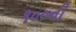
૧૦૦ની